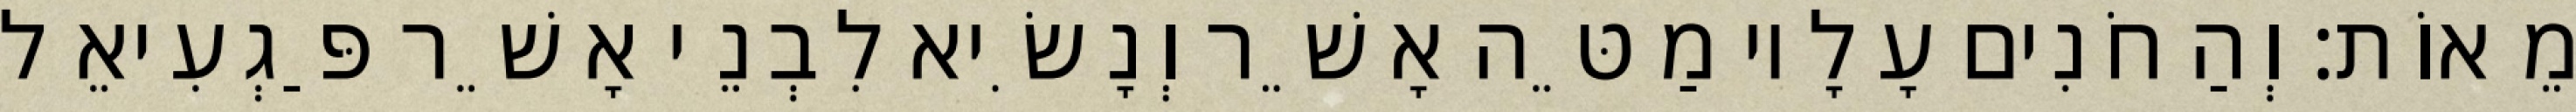
מֵאוֹת׃ וְהַחֹנִים עָלָיו מַטֵּה אָשֵׁר וְנָשִׂיא לִבְנֵי אָשֵׁר פַּגְעִיאֵל